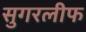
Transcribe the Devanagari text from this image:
सुगरलीफ